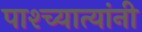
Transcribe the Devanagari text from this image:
पाश्च्यात्यांनी